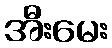
အီးမေး